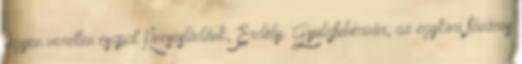
legyen veretlen csapat Kincsesládánk, Erdély: Gyulafehérvár, az egykori főváros